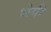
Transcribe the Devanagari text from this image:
भेगी